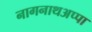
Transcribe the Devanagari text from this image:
नागनाथअप्पा